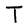
Character: t